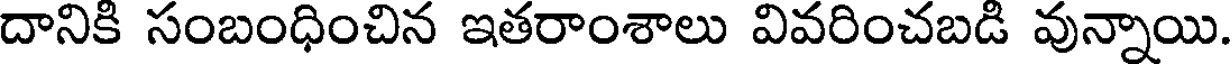
దానికి సంబంధించిన ఇతరాంశాలు వివరించబడి వున్నాయి.